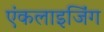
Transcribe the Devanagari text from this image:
एंकलाइजिंग